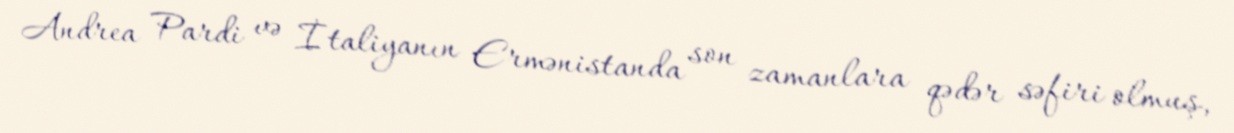
Andrea Pardi və İtaliyanın Ermənistanda son zamanlara qədər səfiri olmuş,